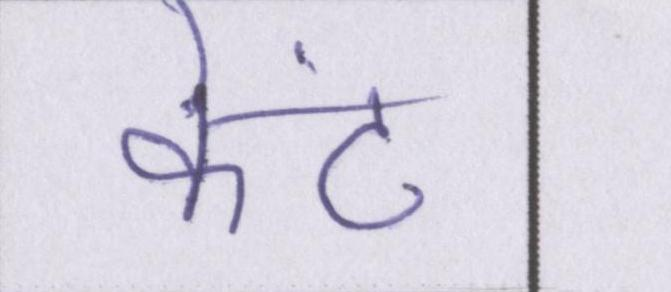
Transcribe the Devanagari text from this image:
केंट